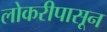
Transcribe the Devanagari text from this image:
लोकरीपासून